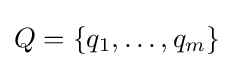
Q=\{q_{1},\dots ,q_{m}\}